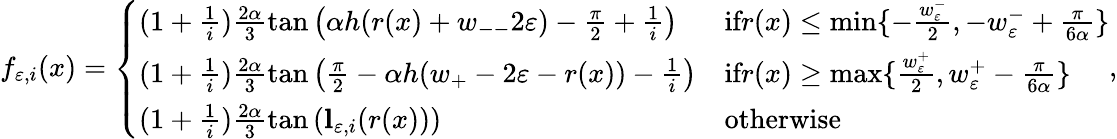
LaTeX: f_{\varepsilon,i}(x)=\left\{ \begin{array}{ll}{(1+\frac{1}{i})\frac{2\alpha}{3}\tan\left(\alpha h(r(x)+w_{--}2\varepsilon)-\frac{\pi}{2}+\frac{1}{i}\right)}&{\textnormal{if}r(x)\le\operatorname*{min}\{ -\frac{w_{\varepsilon}^{-}}{2},-w_{\varepsilon}^{-}+\frac{\pi}{6\alpha}\} }\\ {(1+\frac{1}{i})\frac{2\alpha}{3}\tan\left(\frac{\pi}{2}-\alpha h(w_{+}-2\varepsilon-r(x))-\frac{1}{i}\right)}&{\textnormal{if}r(x)\ge\operatorname*{max}\{ \frac{w_{\varepsilon}^{+}}{2},w_{\varepsilon}^{+}-\frac{\pi}{6\alpha}\} }\\ {(1+\frac{1}{i})\frac{2\alpha}{3}\tan\left(\mathbf{l}_{\varepsilon,i}(r(x))\right)}&{\textnormal{otherwise}}\end{array}\right.,